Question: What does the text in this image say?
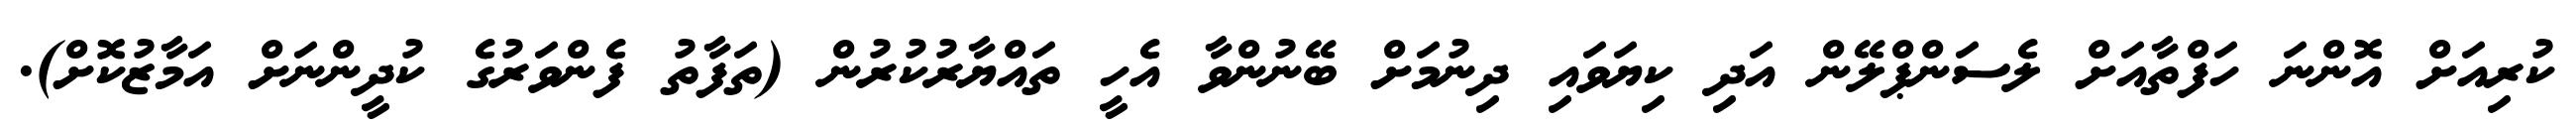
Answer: ކުރިއަށް އޮންނަ ހަފްތާއަށް ލެސަންޕްލޭން އަދި ކިޔަވައި ދިނުމަށް ބޭނުންވާ އެހީ ތައްޔާރުކުރުން (ތަފާތު ފެންވަރުގެ ކުދީންނަށް އަމާޒުކޮށް).